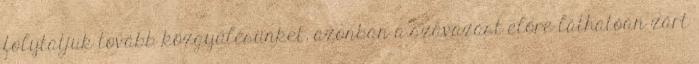
folytatjuk tovább közgyűlésünket, azonban a szavazást előre láthatóan zárt